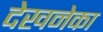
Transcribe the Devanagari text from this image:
देखनेका